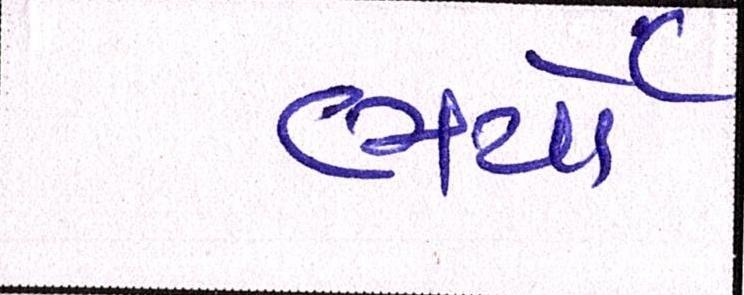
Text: ભર્યો